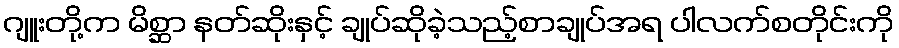
ဂျူးတို့က မိစ္ဆာ နတ်ဆိုးနှင့် ချုပ်ဆိုခဲ့သည့်စာချုပ်အရ ပါလက်စတိုင်းကို